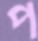
প